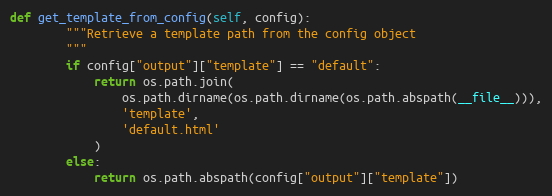
Language: Python
def get_template_from_config(self, config):
        """Retrieve a template path from the config object
        """
        if config["output"]["template"] == "default":
            return os.path.join(
                os.path.dirname(os.path.dirname(os.path.abspath(__file__))),
                'template',
                'default.html'
            )
        else:
            return os.path.abspath(config["output"]["template"])